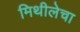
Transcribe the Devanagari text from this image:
मिथीलेचा